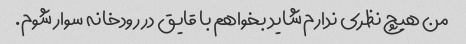
من هیچ نظری ندارم شاید بخواهم با قایق در رودخانه سوار شوم.